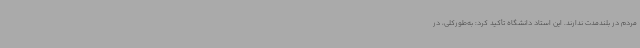
مردم در بلندمدت ندارند. این استاد دانشگاه تأکید کرد: به‌طورکلی، در